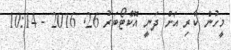
މީހުން ކާރި އަށް ދަނީ އޮކްޓޯބަރު 26